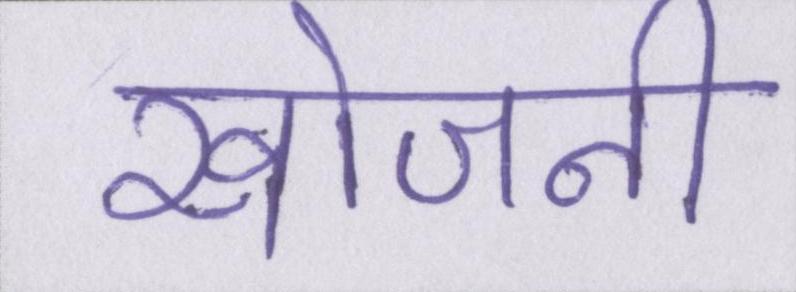
खोजनी